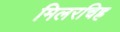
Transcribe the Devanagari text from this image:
मिलरचिह्र